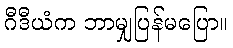
ဂီဒီယံက ဘာမျှပြန်မပြော။